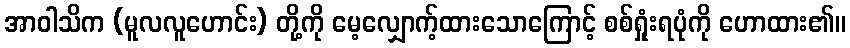
အာဝါသိက (မူလလူဟောင်း) တို့ကို မေ့လျှောက့်ထားသောကြောင့် စစ်ရှုံးရပုံကို ဟောထား၏။